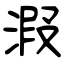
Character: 溊